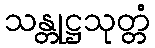
သန္တုဋ္ဌသုတ္တံ